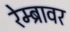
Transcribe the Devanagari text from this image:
रेम्ब्रावर